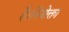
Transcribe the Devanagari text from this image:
है।नियोक्ता